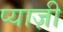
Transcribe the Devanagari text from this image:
प्याज़ी